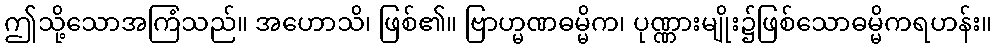
ဤသို့သောအကြံသည်။ အဟောသိ၊ ဖြစ်၏။ ဗြာဟ္မဏဓမ္မိက၊ ပုဏ္ဏားမျိုး၌ဖြစ်သောဓမ္မိကရဟန်း။